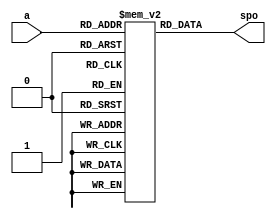
module ROM (
        input [9:0] a,      //PC
        output reg [31:0] spo  //32
    );
    reg [31:0] rom[1023:0];
    //
    always@*begin
        //
        spo = rom[a];
       // $display("spo:%h",spo);
    end
endmodule